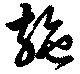
施